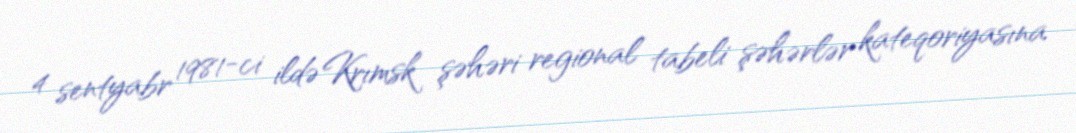
4 sentyabr 1981-ci ildə Krımsk şəhəri regional tabeli şəhərlər kateqoriyasına